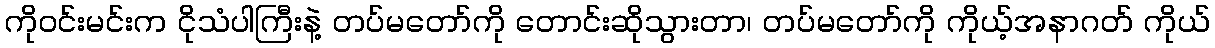
ကိုဝင်းမင်းက ငိုသံပါကြီးနဲ့ တပ်မတော်ကို တောင်းဆိုသွားတာ၊ တပ်မတော်ကို ကိုယ့်အနာဂတ် ကိုယ်